Scottish Leaving Certificate Examination, 1961
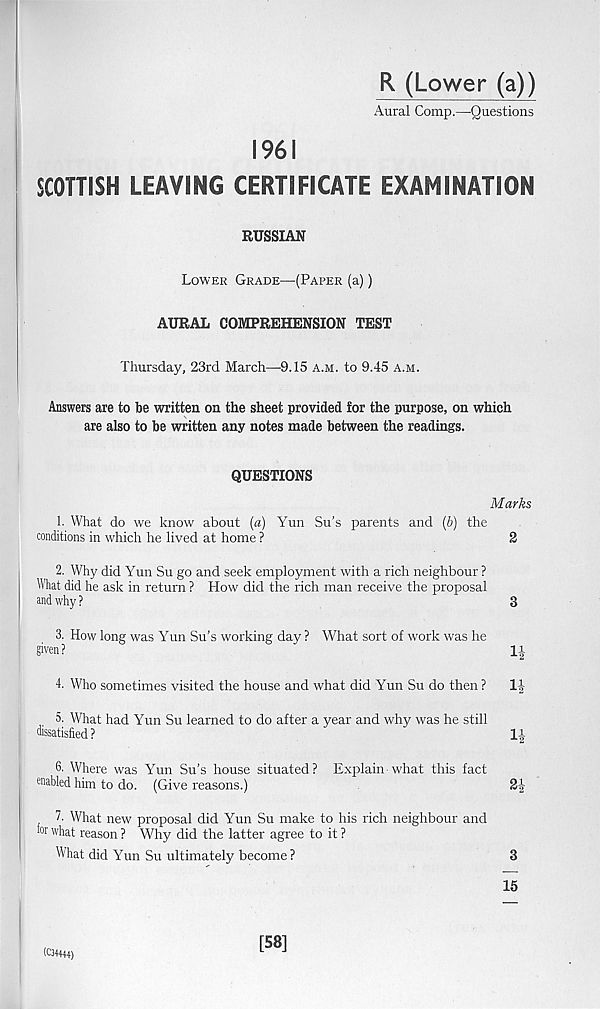
R (Lower (a))
Aural Comp.—Questions
1961
SCOTTISH LEAVING CERTIFICATE EXAMINATION
RUSSIAN
Lower Grade—(Paper (a))
AURAL COMPREHENSION TEST
Thursday, 23rd March—9.15 a.m. to 9.45 a.m.
Answers are to be written on the sheet provided for the purpose, on which
are also to be written any notes made between the readings.
QUESTIONS
Marks
1. What do we know about (a) Yun Su’s parents and (b) the
conditions in which he lived at home ?
2
2. Why did Yun Su go and seek employment with a rich neighbour ?
What did he ask in return ? How did the rich man receive the proposal
and why ?
3
3. How long was Yun Su’s working day ? What sort of work was he
given?
11
4. Who sometimes visited the house and what did Yun Su do then?
1J
5. What had Yun Su learned to do after a year and why was he still
dissatisfied ?
li
6. Where was Yun Su’s house situated? Explain what this fact
enabled him to do. (Give reasons.)
2!-
7. What new proposal did Yun Su make to his rich neighbour and
■or what reason ? Why did the latter agree to it ?
What did Yun Su ultimately become ?
3
15
(C34444)
[58]